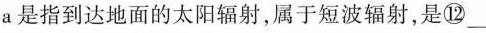
a是指到达地面的太阳辐射，属于短波辐射，是⑫___